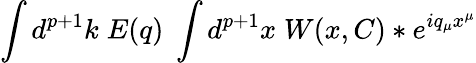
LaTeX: \int d^{p+1}k\; E(q)\; \int d^{p+1}x\; W(x,C)\ast e^{iq_{\mu}x^{\mu}}